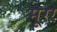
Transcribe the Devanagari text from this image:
मूरर